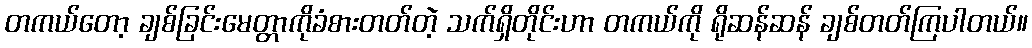
တကယ်တော့ ချစ်ခြင်းမေတ္တာကိုခံစားတတ်တဲ့ သက်ရှိတိုင်းဟာ တကယ်ကို ရိုဆန်ဆန် ချစ်တတ်ကြပါတယ်။